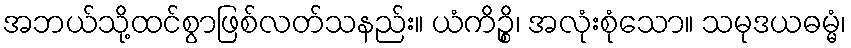
အဘယ်သို့ထင်စွာဖြစ်လတ်သနည်း။ ယံကိဉ္စိ၊ အလုံးစုံသော။ သမုဒယဓမ္မံ၊